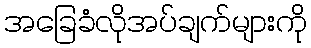
အခြေခံလိုအပ်ချက်များကို